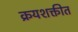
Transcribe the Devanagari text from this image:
क्रयशक्तीत